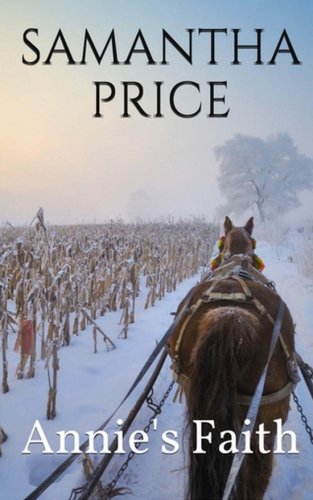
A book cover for Annie's Faith (Amish Romance Secrets ) (Volume 2); Samantha Price; Christian Books & Bibles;